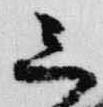
三